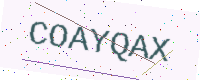
Text: COAYQAX